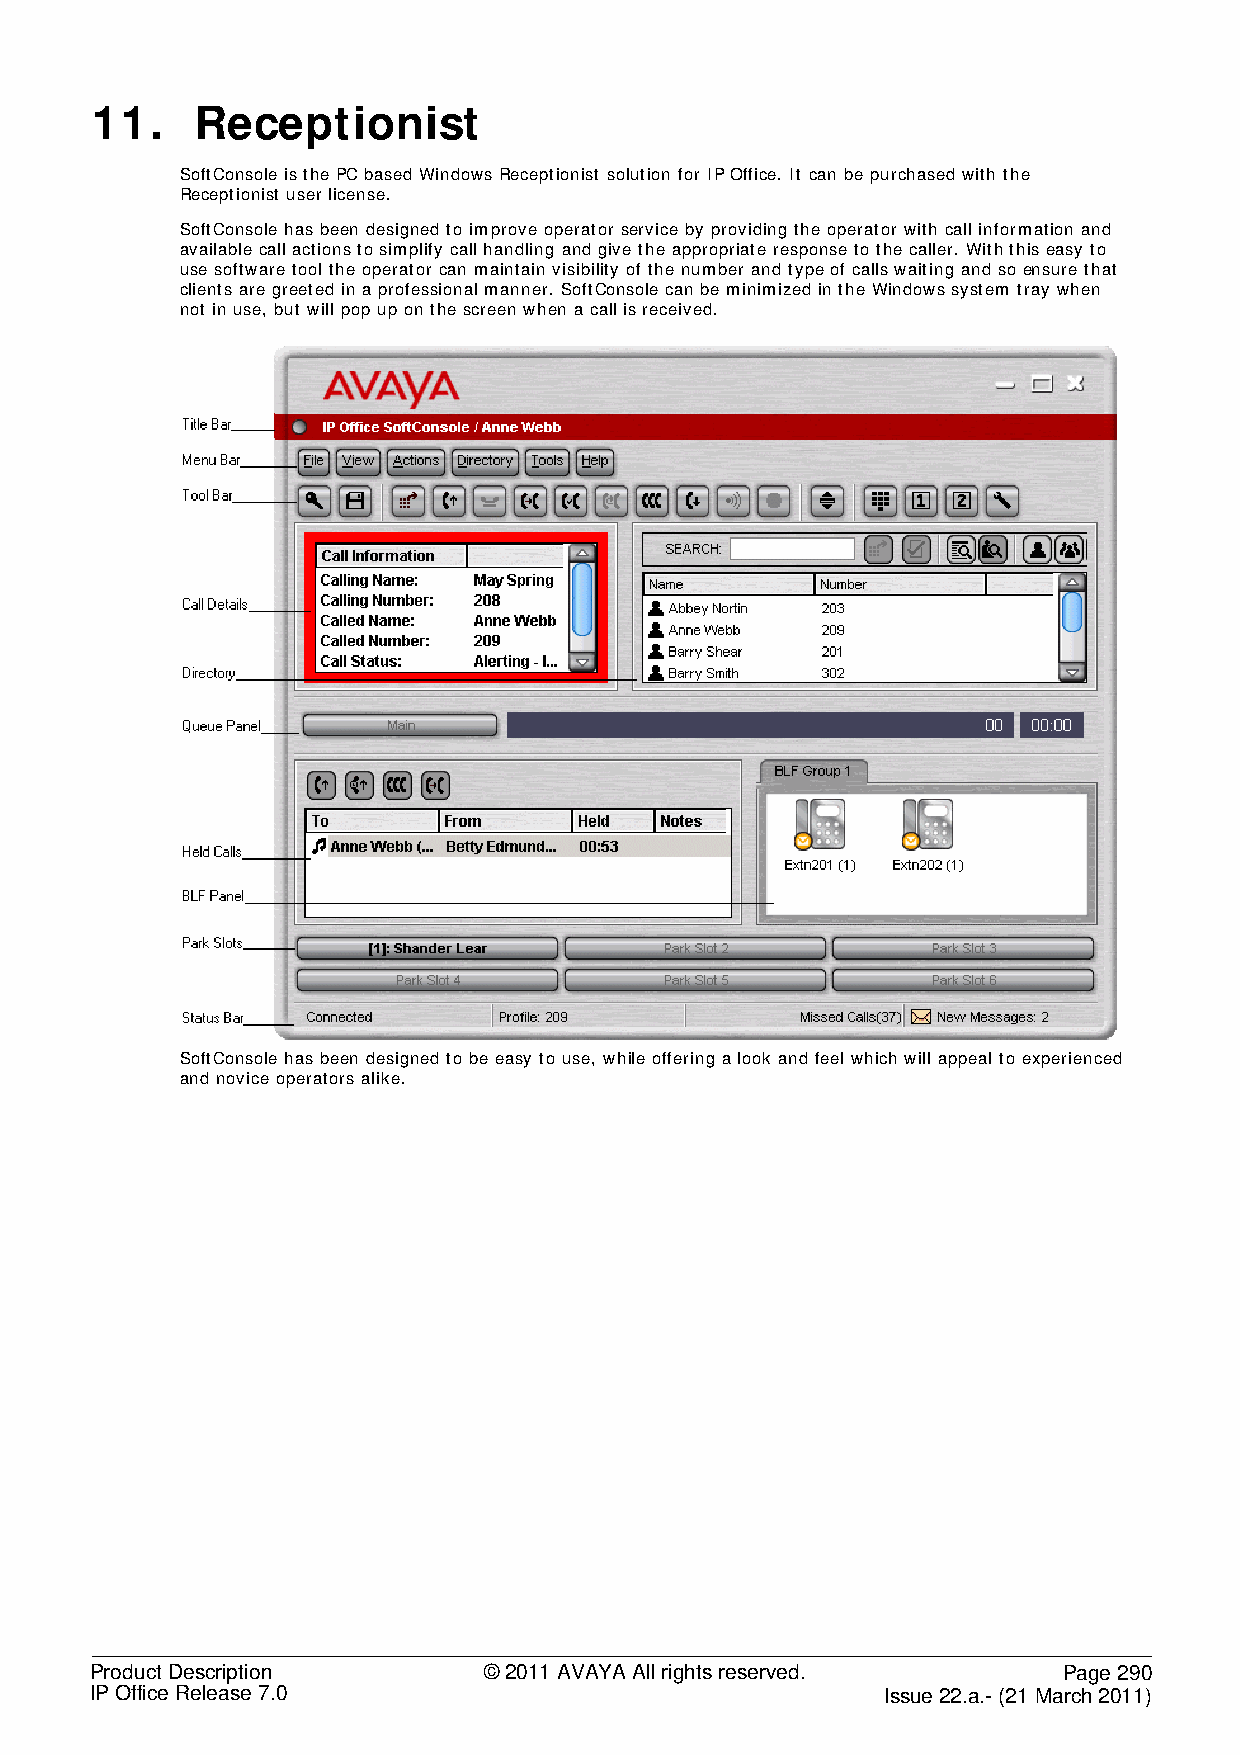
11.    Receptionist
 SoftConsole is the PC based Windows Receptionist solution for IP Office. It can be purchased with the
 Receptionist user license.
 SoftConsole has been designed to improve operator service by providing the operator with call information and
 available call actions to simplify call handling and give the appropriate response to the caller. With this easy to
 use software tool the operator can maintain visibility of the number and type of calls waiting and so ensure that
 clients are greeted in a professional manner. SoftConsole can be minimized in the Windows system tray when
 not in use, but will pop up on the screen when a call is received.
 SoftConsole has been designed to be easy to use, while offering a look and feel which will appeal to experienced
 and novice operators alike.
 Product Description       © 2011 AVAYA All rights reserved.     Page 290
 IP Office Release 7.0                                Issue 22.a.- (21 March 2011)